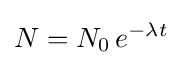
N=N_{0}\,e^{-\lambda t}